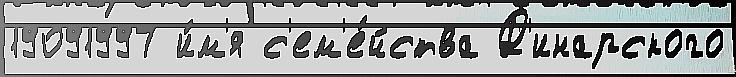
19091997 и́м'я с'ем'е́йства Д'инарского